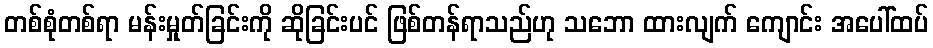
တစ်စုံတစ်ရာ မန်းမှုတ်ခြင်းကို ဆိုခြင်းပင် ဖြစ်တန်ရာသည်ဟု သဘော ထားလျက် ကျောင်း အပေါ်ထပ်